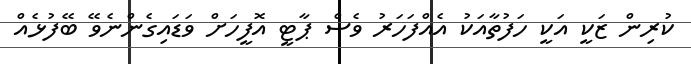
ކުރިން ޒަކީ އަކީ ހަފުތާއަކު އެއްފަހަރު ވެސް ޕާޓީ އޮފީހަށް ވަޑައިގެންނެވޭ ބޭފުޅެއް